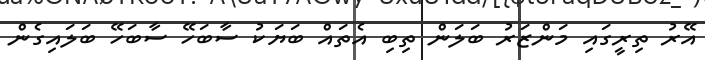
އޭރު ތިރީގައި މަންޒަރު ބަލަން ތިބި އެތައް ބަޔަކު ސާބަހޭ ސާބަހޭ ބަލައިގެން